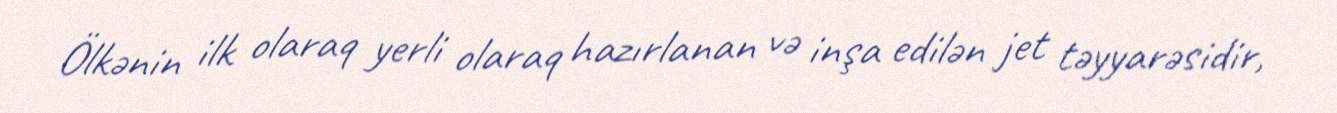
Ölkənin ilk olaraq yerli olaraq hazırlanan və inşa edilən jet təyyarəsidir,